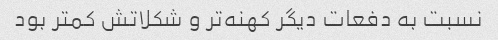
نسبت به دفعات دیگر کهنه‌تر و شکلاتش کمتر بود